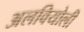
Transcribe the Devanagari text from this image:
अलवियोली